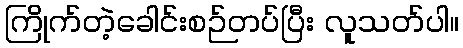
ကြိုက်တဲ့ခေါင်းစဉ်တပ်ပြီး လူသတ်ပါ။